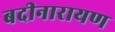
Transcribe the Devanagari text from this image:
बदीनारायण